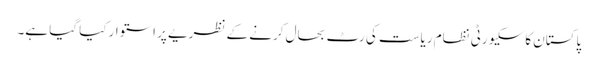
پاکستان کا سکیورٹی نظام ریاست کی رٹ بحال کرنے کے نظریے پر استوار کیا گیا ہے۔